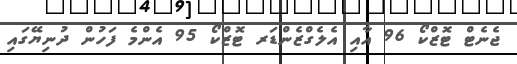
ޖެނެޓް ޓޮޒްކޯ 96 އާއި އެލެގްޒެންޑަރ ޓޮޒްކޯ 95 އެންމެ ފަހުން ދުނިޔޭގައި